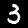
Label: 3